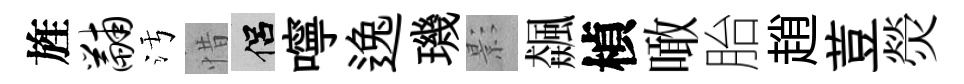
旌黼污惜侣嚀逸璣影飆楨噉胎趙荳熒